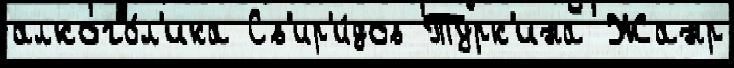
алкого́л'ика Св'ир'и́дов Турк'ина Жанр